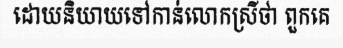
ដោយនិយាយទៅកាន់លោកស្រីថា ពួកគេ